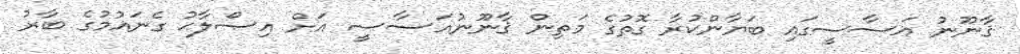
ޤާނޫނު އަސާސީގައި ބަޔާންކުރާ ގޮތުގެ މަތިން ޤާނޫނުއަސާސީ އަށް އިޞްލާޙު ގެނައުމުގެ ބާރު